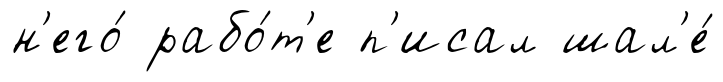
н'его́ рабо́т'е п'исал шал'е́